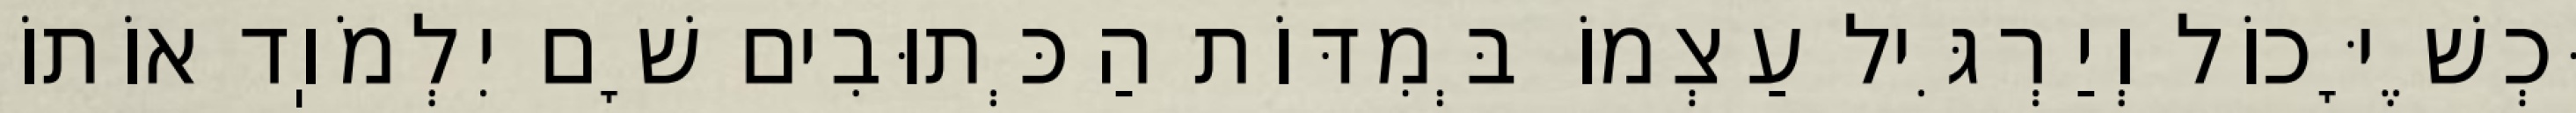
וּכְשֶׁיָּכוֹל וְיַרְגִּיל עַצְמוֹ בְּמִדּוֹת הַכְּתוּבִים שָׁם יִלְמֹוֽד אוֹתוֹ